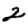
Digit: 2